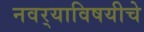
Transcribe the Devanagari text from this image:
नवर्‍याविषयीचे